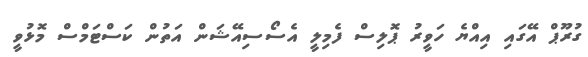
ގުރޫޕް އޭގައި އިއްޔެ ހަވީރު ޕޮލިސް ފެމިލީ އެސޯސިއޭޝަން އަތުން ކަސްޓަމްސް މޮޅުވީ